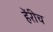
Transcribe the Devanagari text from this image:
हेंरीच